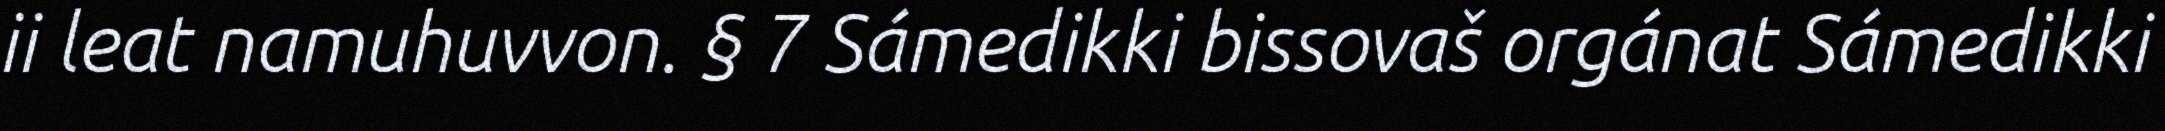
ii leat namuhuvvon. § 7 Sámedikki bissovaš orgánat Sámedikki